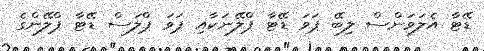
ޑޭޓާ އެލަވަންސް ލިބޭ ޕަވަ ޑޭޓާ ޕްލޭނަކާއި ޕަވަ ޕްލަސް ޑޭޓާ ޕްލޭންގެ